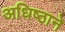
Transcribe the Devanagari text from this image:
अधिष्ठाने